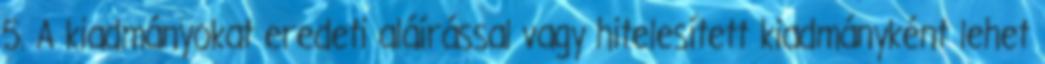
5. A kiadmányokat eredeti aláírással vagy hitelesített kiadmányként lehet